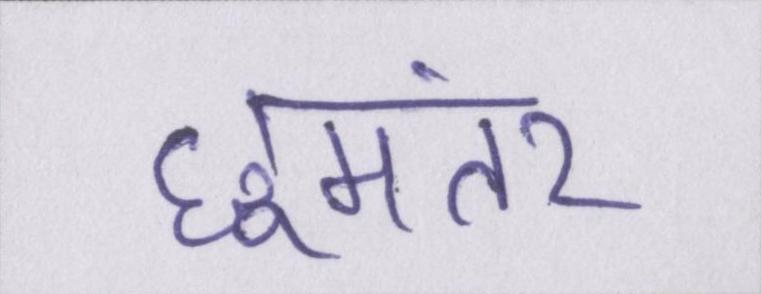
छूमंतर